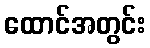
ထောင်အတွင်း